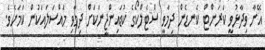
އޭނާ ވިދާޅުވީ ކަރަންޓް ކެނޑެން ދިމާވީ ސްޓެލްކޯގެ ކުޑައިންޖީނަކަށް ދިމާވި މައްސަލައަކުން ކަމަށެވެ.